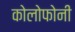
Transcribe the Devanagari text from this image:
कोलोफोनी